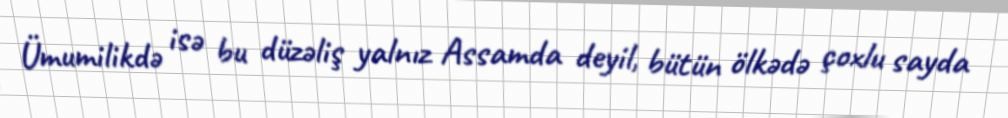
Ümumilikdə isə bu düzəliş yalnız Assamda deyil, bütün ölkədə çoxlu sayda